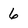
Character: 6